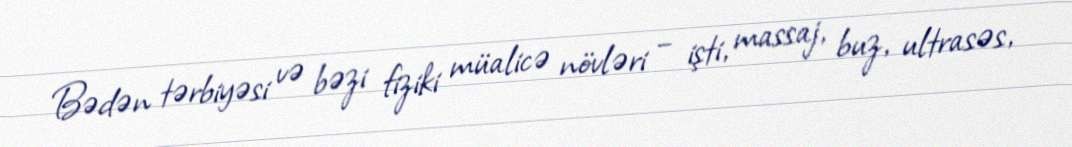
Bədən tərbiyəsi və bəzi fiziki müalicə növləri – işti, massaj, buz, ultrasəs,